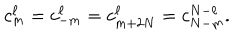
c _ { m } ^ { \ell } = c _ { - m } ^ { \ell } = c _ { m + 2 N } ^ { \ell } = c _ { N - m } ^ { N - \ell } .